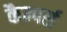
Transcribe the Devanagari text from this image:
कैम्पर्स